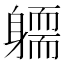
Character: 𨉿